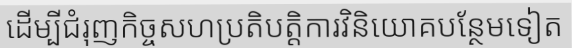
ដើម្បីជំរុញកិច្ចសហប្រតិបត្តិការវិនិយោគបន្ថែមទៀត